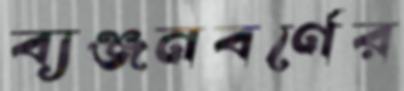
ব্যঞ্জনবর্ণের